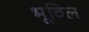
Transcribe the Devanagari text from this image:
भूविल